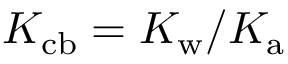
K _ { \mathrm { c b } } = K _ { \mathrm { w } } / K _ { \mathrm { a } }